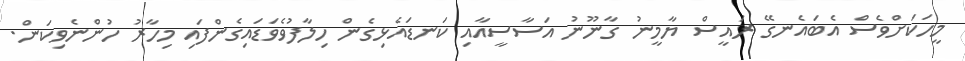
މީހަކަށްވެސް އެބައެނގޭ ރައީސް ޔާމީނު ގާނޫނު އަސާސީއާއި ކަނޑައެޅިގެން ހިލާފުވެވަޑައިގެންފައި މިހާރު ހުންނެވިކަން.